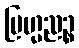
ဗြဟ္မညဉ္စ